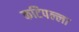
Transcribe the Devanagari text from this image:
कटिपल्ला